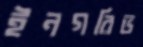
ইনগরিভ